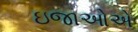
ઇજાઓએ